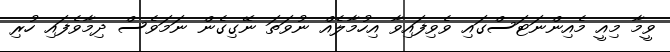
ވީމާ މިއީ މެއިންނަޓަސްގައި ވެވިފައިވާ އިހުމާލެއް ނުވަތަ ނޭގިގެން ނަމަވެސް ދިމާވެފައި ހުރި